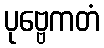
ပုဗ္ဗေကတံ